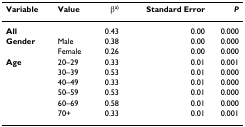
<table><thead><tr><td><b>Variable</b></td><td><b>Value</b></td><td><b>β<sup>a)</sup></b></td><td><b>Standard Error</b></td><td><b><i>P</i></b></td></tr></thead><tbody><tr><td><b>All</b></td><td></td><td>0.43</td><td>0.00</td><td>0.000</td></tr><tr><td><b>Gender</b></td><td>Male</td><td>0.38</td><td>0.00</td><td>0.000</td></tr><tr><td></td><td>Female</td><td>0.26</td><td>0.00</td><td>0.000</td></tr><tr><td><b>Age</b></td><td>20–29</td><td>0.33</td><td>0.01</td><td>0.001</td></tr><tr><td></td><td>30–39</td><td>0.53</td><td>0.01</td><td>0.000</td></tr><tr><td></td><td>40–49</td><td>0.33</td><td>0.01</td><td>0.000</td></tr><tr><td></td><td>50–59</td><td>0.53</td><td>0.01</td><td>0.000</td></tr><tr><td></td><td>60–69</td><td>0.58</td><td>0.01</td><td>0.000</td></tr><tr><td></td><td>70+</td><td>0.33</td><td>0.01</td><td>0.001</td></tr></tbody></table>